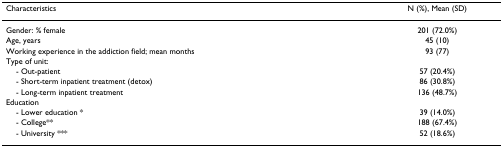
<table><thead><tr><td><b>Characteristics</b></td><td><b>N (%), Mean (SD)</b></td></tr></thead><tbody><tr><td>Gender: % female</td><td>201 (72.0%)</td></tr><tr><td>Age, years</td><td>45 (10)</td></tr><tr><td>Working experience in the addiction field; mean months</td><td>93 (77)</td></tr><tr><td>Type of unit:</td><td>[EMPTY_CELL]</td></tr><tr><td> - Out-patient</td><td>57 (20.4%)</td></tr><tr><td> - Short-term inpatient treatment (detox)</td><td>86 (30.8%)</td></tr><tr><td> - Long-term inpatient treatment</td><td>136 (48.7%)</td></tr><tr><td>Education</td><td>[EMPTY_CELL]</td></tr><tr><td> - Lower education *</td><td>39 (14.0%)</td></tr><tr><td> - College**</td><td>188 (67.4%)</td></tr><tr><td> - University ***</td><td>52 (18.6%)</td></tr></tbody></table>